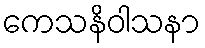
ကေသနိဝါသနာ